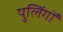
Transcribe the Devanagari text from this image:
पुलिंगों